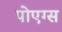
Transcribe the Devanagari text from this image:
पोएग्स